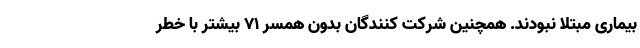
بیماری مبتلا نبودند. همچنین شرکت کنندگان بدون همسر ۷۱ بیشتر با خطر